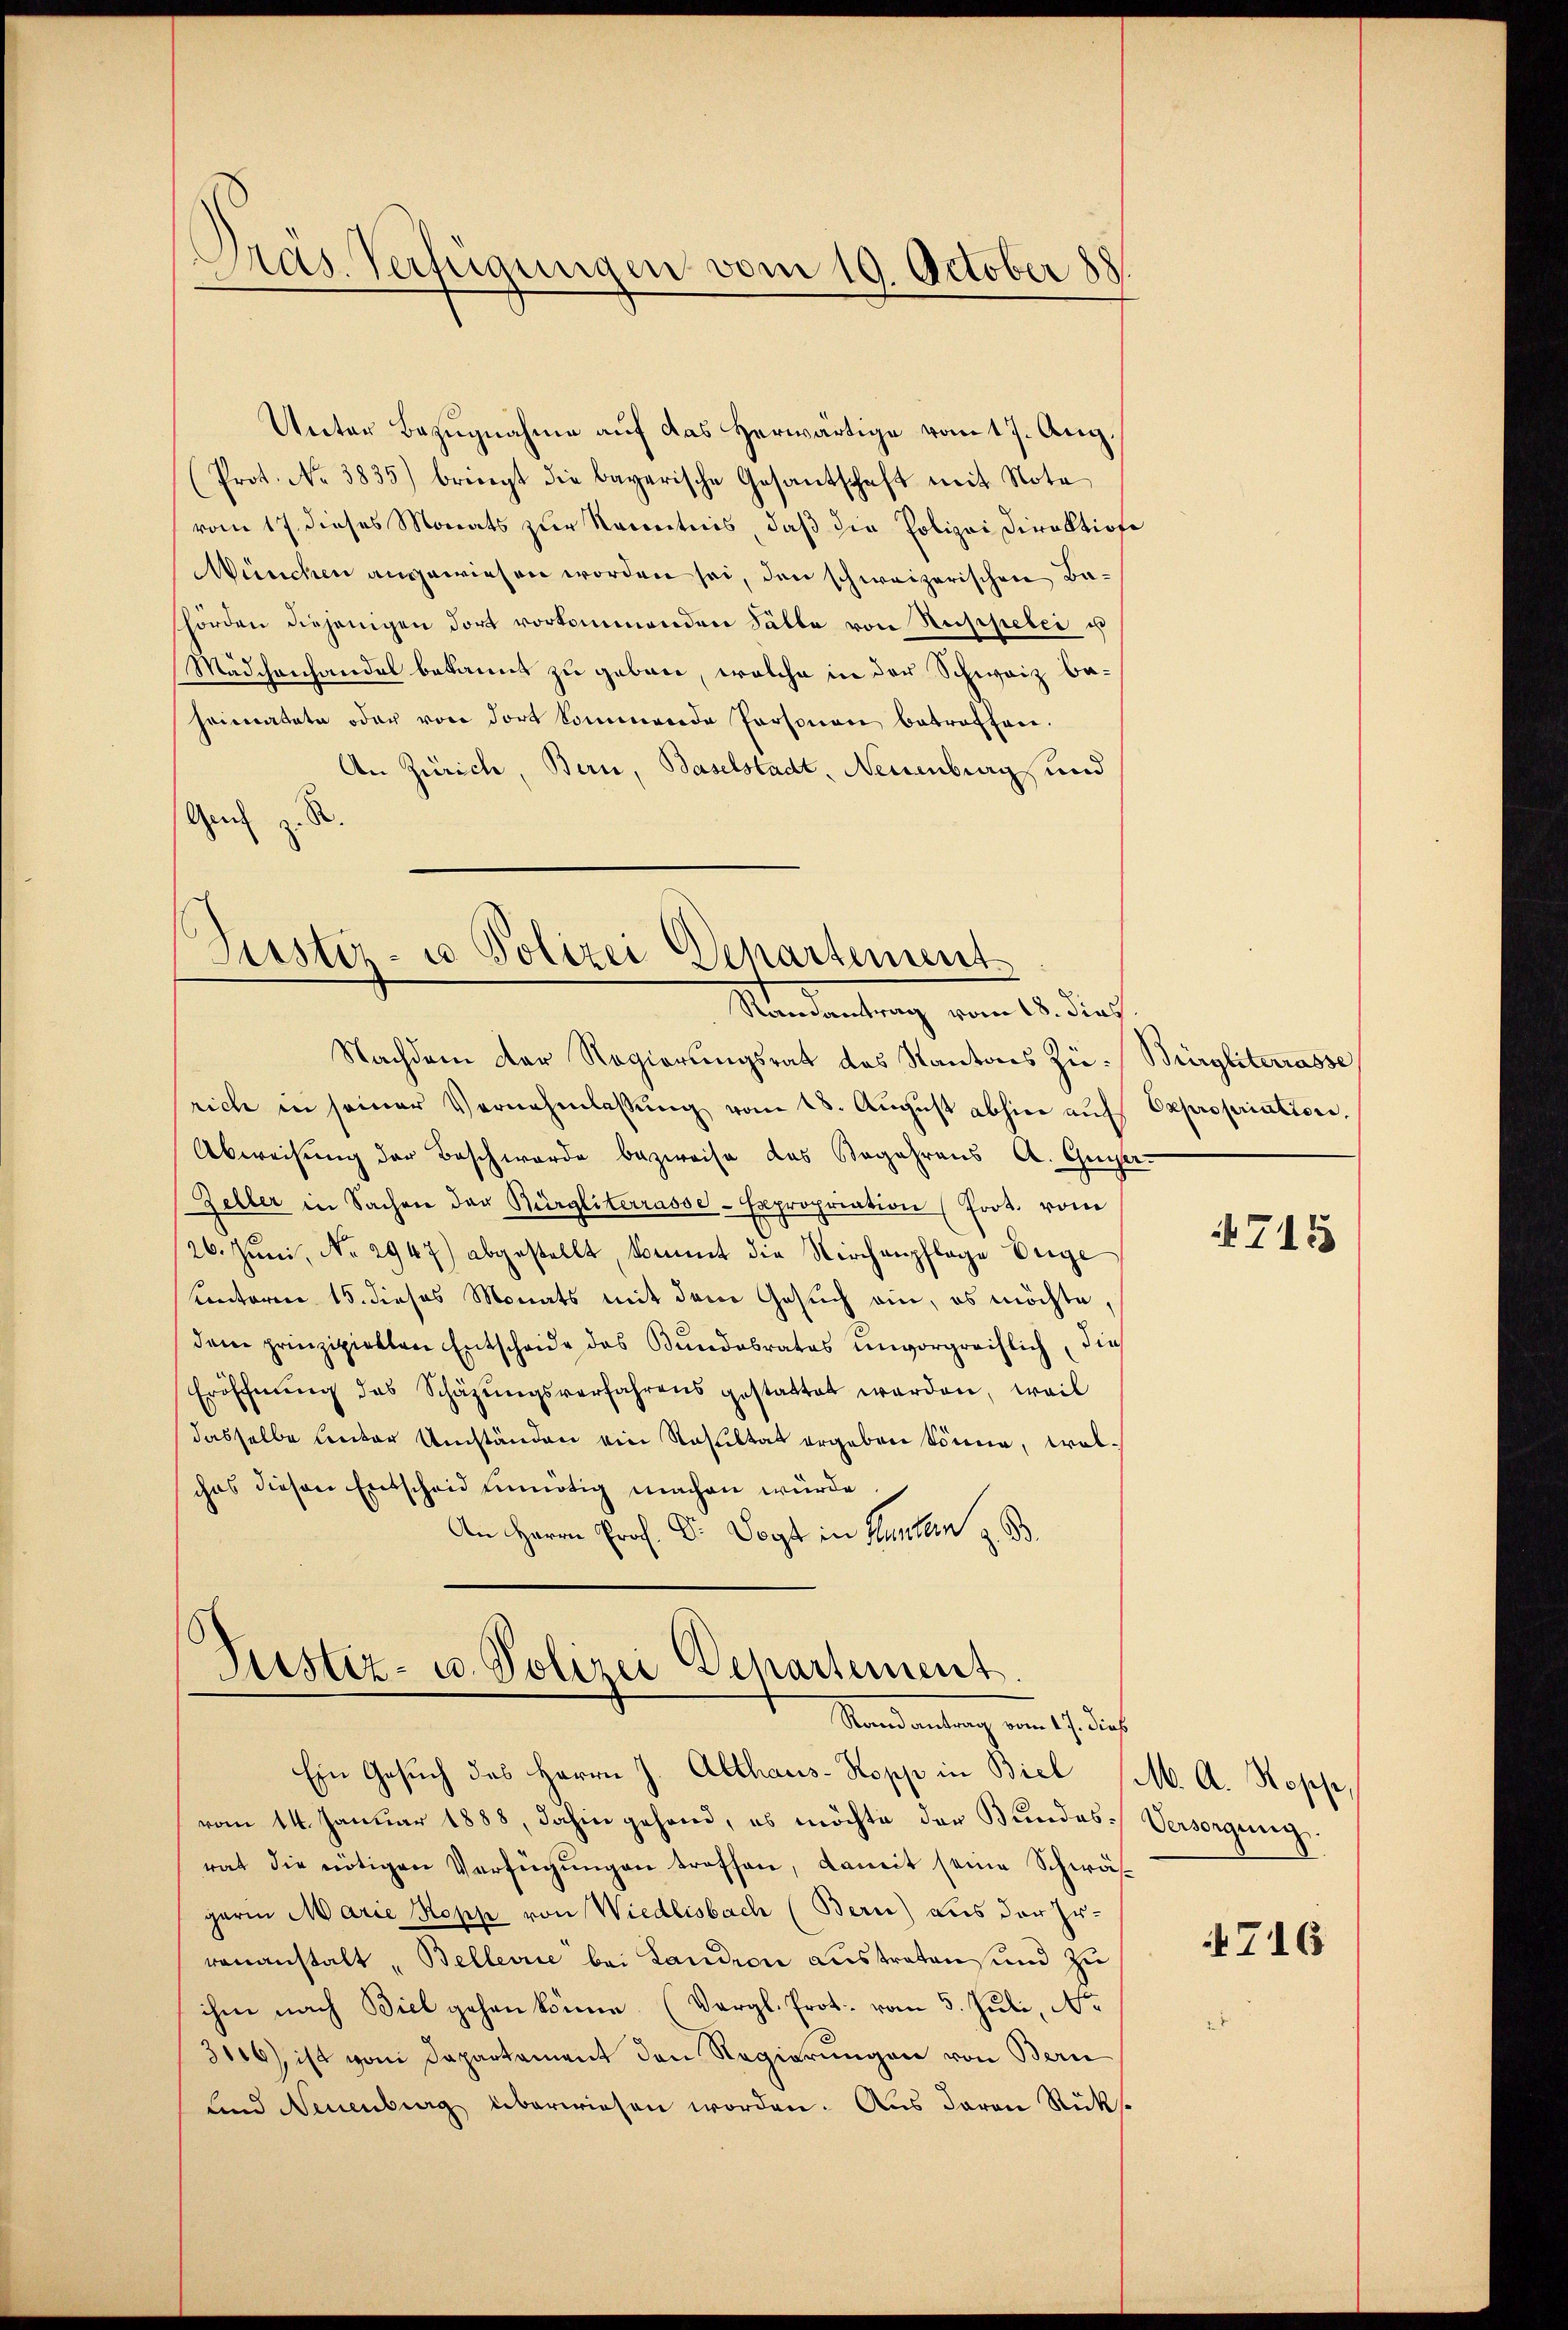
.
Aas. Verfügungen vom 19. October 188

Unter Bezugnahme auf das herwärtige vom 17. Aug.
(Prot. No. 3835) bringt die bayerische Gesantschaft mit Nota
vom 17. dieses Monats zur Kenntnis, daß die Polizei Direktione
München angewiesen worden sei, den schweizerischen Bashörden diejenigen dort vorkommenden Fälle von Reispielei u
Mädchenhandel bekannt zu geben, welche in der Schweiz baheimatute oder von dort kommende Personen betroffen.
An Zürich, Bern, Baselstadt, Neuenburg und
Ge z. S

s
Sistir- u Polizei Departement
Randantrag vom 18. dies

Justiz- u. Polizei Departement
Standeutung ein Gunst

Nachdem der Regierungsrat des Kantons Zü-Bürgliterrasse
rich in seiner Vernehmlassŭng vom 18. Aŭgŭst abhin aŭf Expropriation,
Abweisung der Beschwerde bezweise das Begehrens A. Gugger.
Zeller in Sachen der Bürgliterrasse-Expropriation (Prot. vom
26. Juni, No 2947) abgestellt, kommt die Kirchenpflage eige
unterm 15. dieses Monats mit dem Gesuch an, es möchte,
dem prinzipiellen Entscheide das Bundabrates unvorgreiflich, die
Eröffnung des Schäzungsverfahrens gestattet werden, weil
dasselbe unter Umständen ein Resultat ergeben könne, trabchas diesen Entscheid unnötig machen würde.
An Herrn Prof. Dr. Vogt in Huntern z. B.

Ein Gesuch des Herrn J. Althaus- Kopp in Biel (M. A. Hoses,
vom 14. Januar 1888, dahin gehand, es möchte der Bundesrat die nötigen Verfügungen troffen, damit seine Schwäsgerin Marie Kopp von Wiedlisbach (Bern) aus der Irrenanstalt Bellerie bei Landion Austraten und zu
ihm nach Biel gehen könne. (Vergl. Prot. vom 3. Juli, Nr.
3116), ist vom Departement den Regierungen von Bern
und Neuenburg überwiesen worden. Aus davon Rüks

715

Versorgung.

716